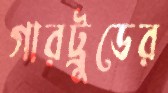
গারট্রুডের